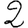
Digit: 2